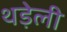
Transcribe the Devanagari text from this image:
थड़ेली